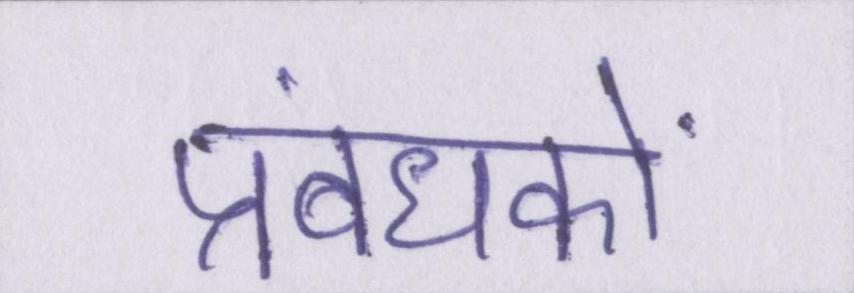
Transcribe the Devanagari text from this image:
प्रबंधकों